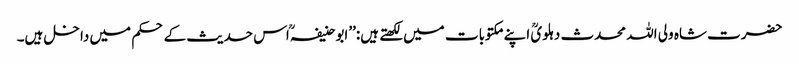
حضرت شاہ ولی اللہ محدث دہلویؒ اپنے مکتوبات میں لکھتے ہیں:’’ابو حنیفہؒ اس حدیث کے حکم میں داخل ہیں۔